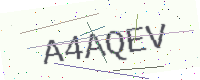
Text: A4AQEV